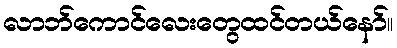
လာဘ်ကောင်လေးတွေထင်တယ်နော်။